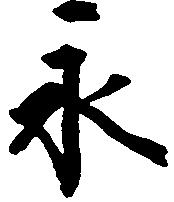
永